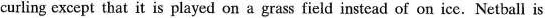
curling except that it is played on a grass field instead of on ice.Netball is